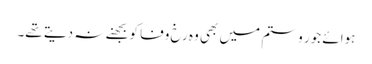
ہوائے جور و ستم میں بھی وہ رخ وفا کو بجھنے نہ دیتے تھے۔